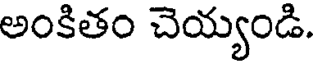
అంకితం చెయ్యండి.